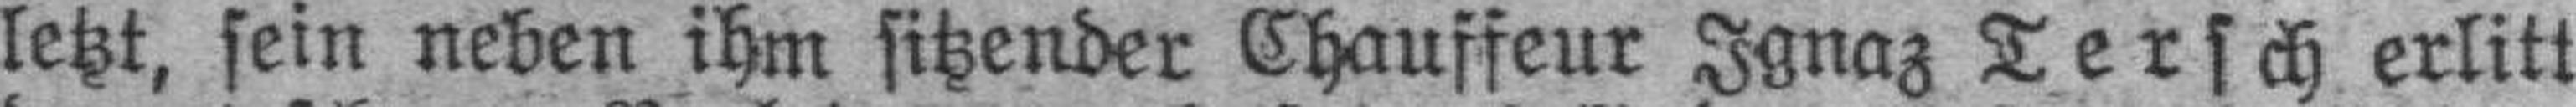
letzt, sein neben ihm sitzender Chauffeur Ignaz Tersch erlitt